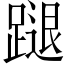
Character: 蹆